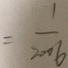
= \frac { 1 } { 2 0 0 6 }